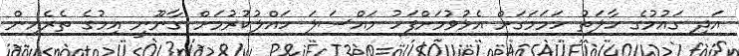
އަދި ގައުމުގެ ހާލަތު ހަމަމަގަށް އެޅުވުމަށްފަހު މައްސަލަ ހައްލުކުރުމަށް ގާނޫނީ އިމުގެ ތެރެއިން